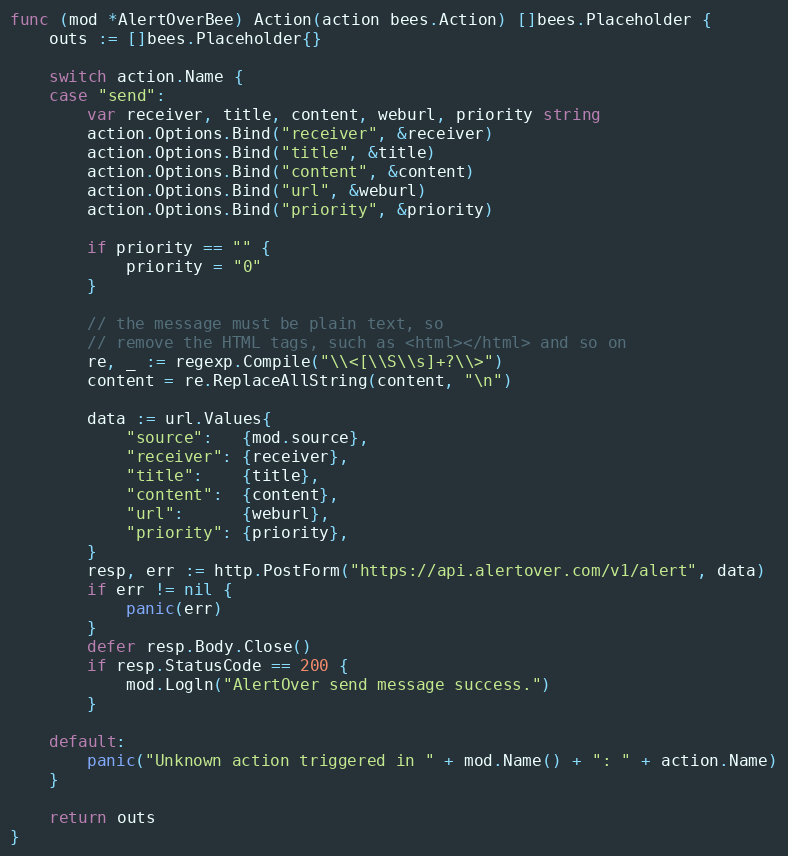
Language: Go
func (mod *AlertOverBee) Action(action bees.Action) []bees.Placeholder {
	outs := []bees.Placeholder{}

	switch action.Name {
	case "send":
		var receiver, title, content, weburl, priority string
		action.Options.Bind("receiver", &receiver)
		action.Options.Bind("title", &title)
		action.Options.Bind("content", &content)
		action.Options.Bind("url", &weburl)
		action.Options.Bind("priority", &priority)

		if priority == "" {
			priority = "0"
		}

		// the message must be plain text, so
		// remove the HTML tags, such as <html></html> and so on
		re, _ := regexp.Compile("\\<[\\S\\s]+?\\>")
		content = re.ReplaceAllString(content, "\n")

		data := url.Values{
			"source":   {mod.source},
			"receiver": {receiver},
			"title":    {title},
			"content":  {content},
			"url":      {weburl},
			"priority": {priority},
		}
		resp, err := http.PostForm("https://api.alertover.com/v1/alert", data)
		if err != nil {
			panic(err)
		}
		defer resp.Body.Close()
		if resp.StatusCode == 200 {
			mod.Logln("AlertOver send message success.")
		}

	default:
		panic("Unknown action triggered in " + mod.Name() + ": " + action.Name)
	}

	return outs
}